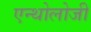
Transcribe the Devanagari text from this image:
एन्थोलोजी